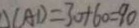
\Delta C A D = 3 0 + 6 0 = 9 0